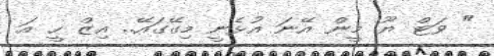
" ވަޓް ޔޫ މީން އޭނަ އުޅެނީ މިގޭގައޭ.. އިޒް ހީ އަ